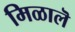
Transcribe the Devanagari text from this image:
मिळालॆ